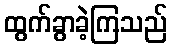
ထွက်ခွာခဲ့ကြသည်